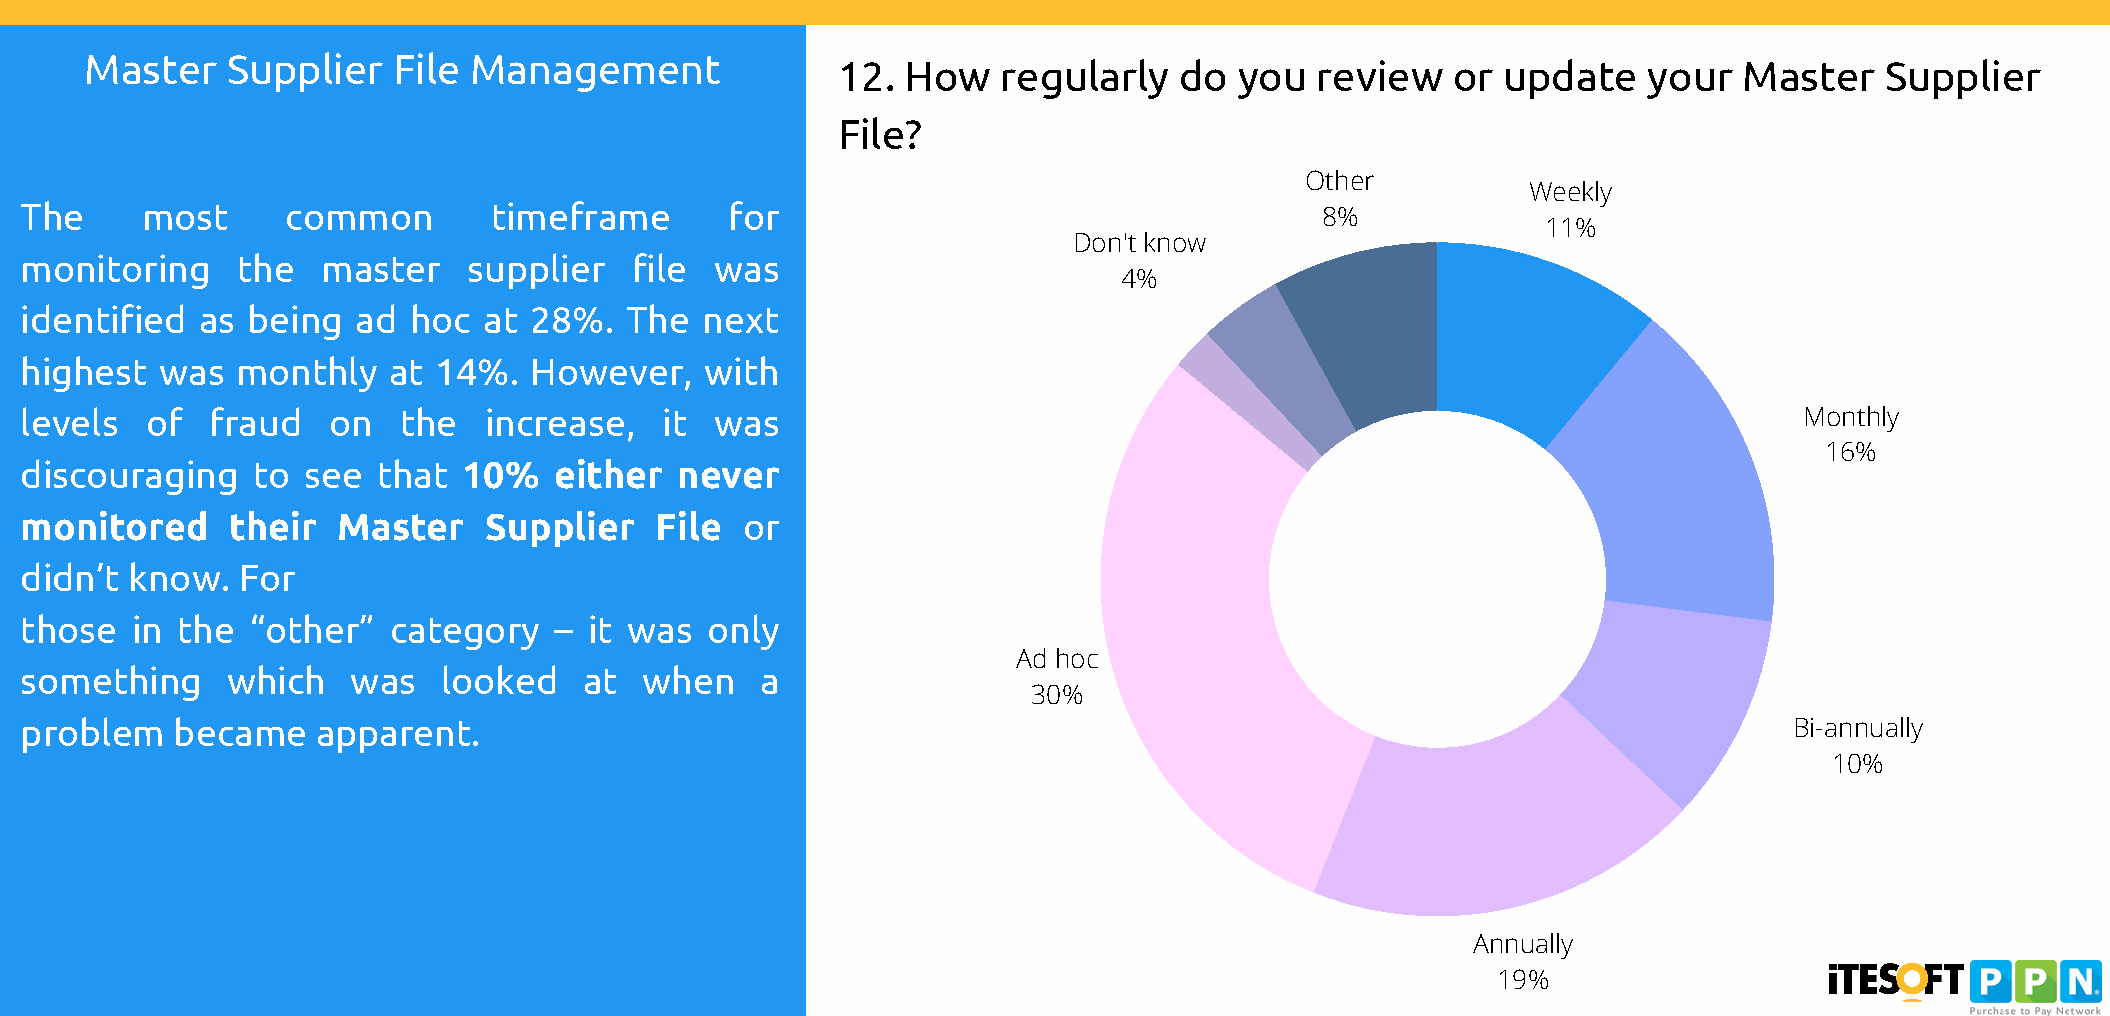
Master   Supplier   File Management
 12.  How   regularly   do  you  review   or update    your  Master    Supplier
 File?
 48%             Other
 Weekly
 The     most      common       timeframe       for
 8%
 11%
 Don't know
 monitoring     the  master    supplier   file was
 4%
 identified  as being   ad hoc  at 28%.  The  next
 highest   was  monthly   at 14%.  However,    with
 levels   of  fraud   on  the   increase,   it was                                                                     Monthly
 16%
 discouraging    to see  that  10%   either  never
 monitored     their  Master    Supplier   File  or
 didn’t know.   For
 those   in the  “other”  category   – it was  only
 Ad hoc
 something     which   was   looked    at  when   a
 30%
 problem   became    apparent.                                                                                         Bi-annually
 10%
 Annually
 19%